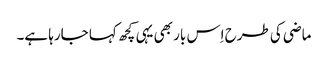
ماضی کی طرح اِس بار بھی یہی کچھ کہا جارہا ہے۔